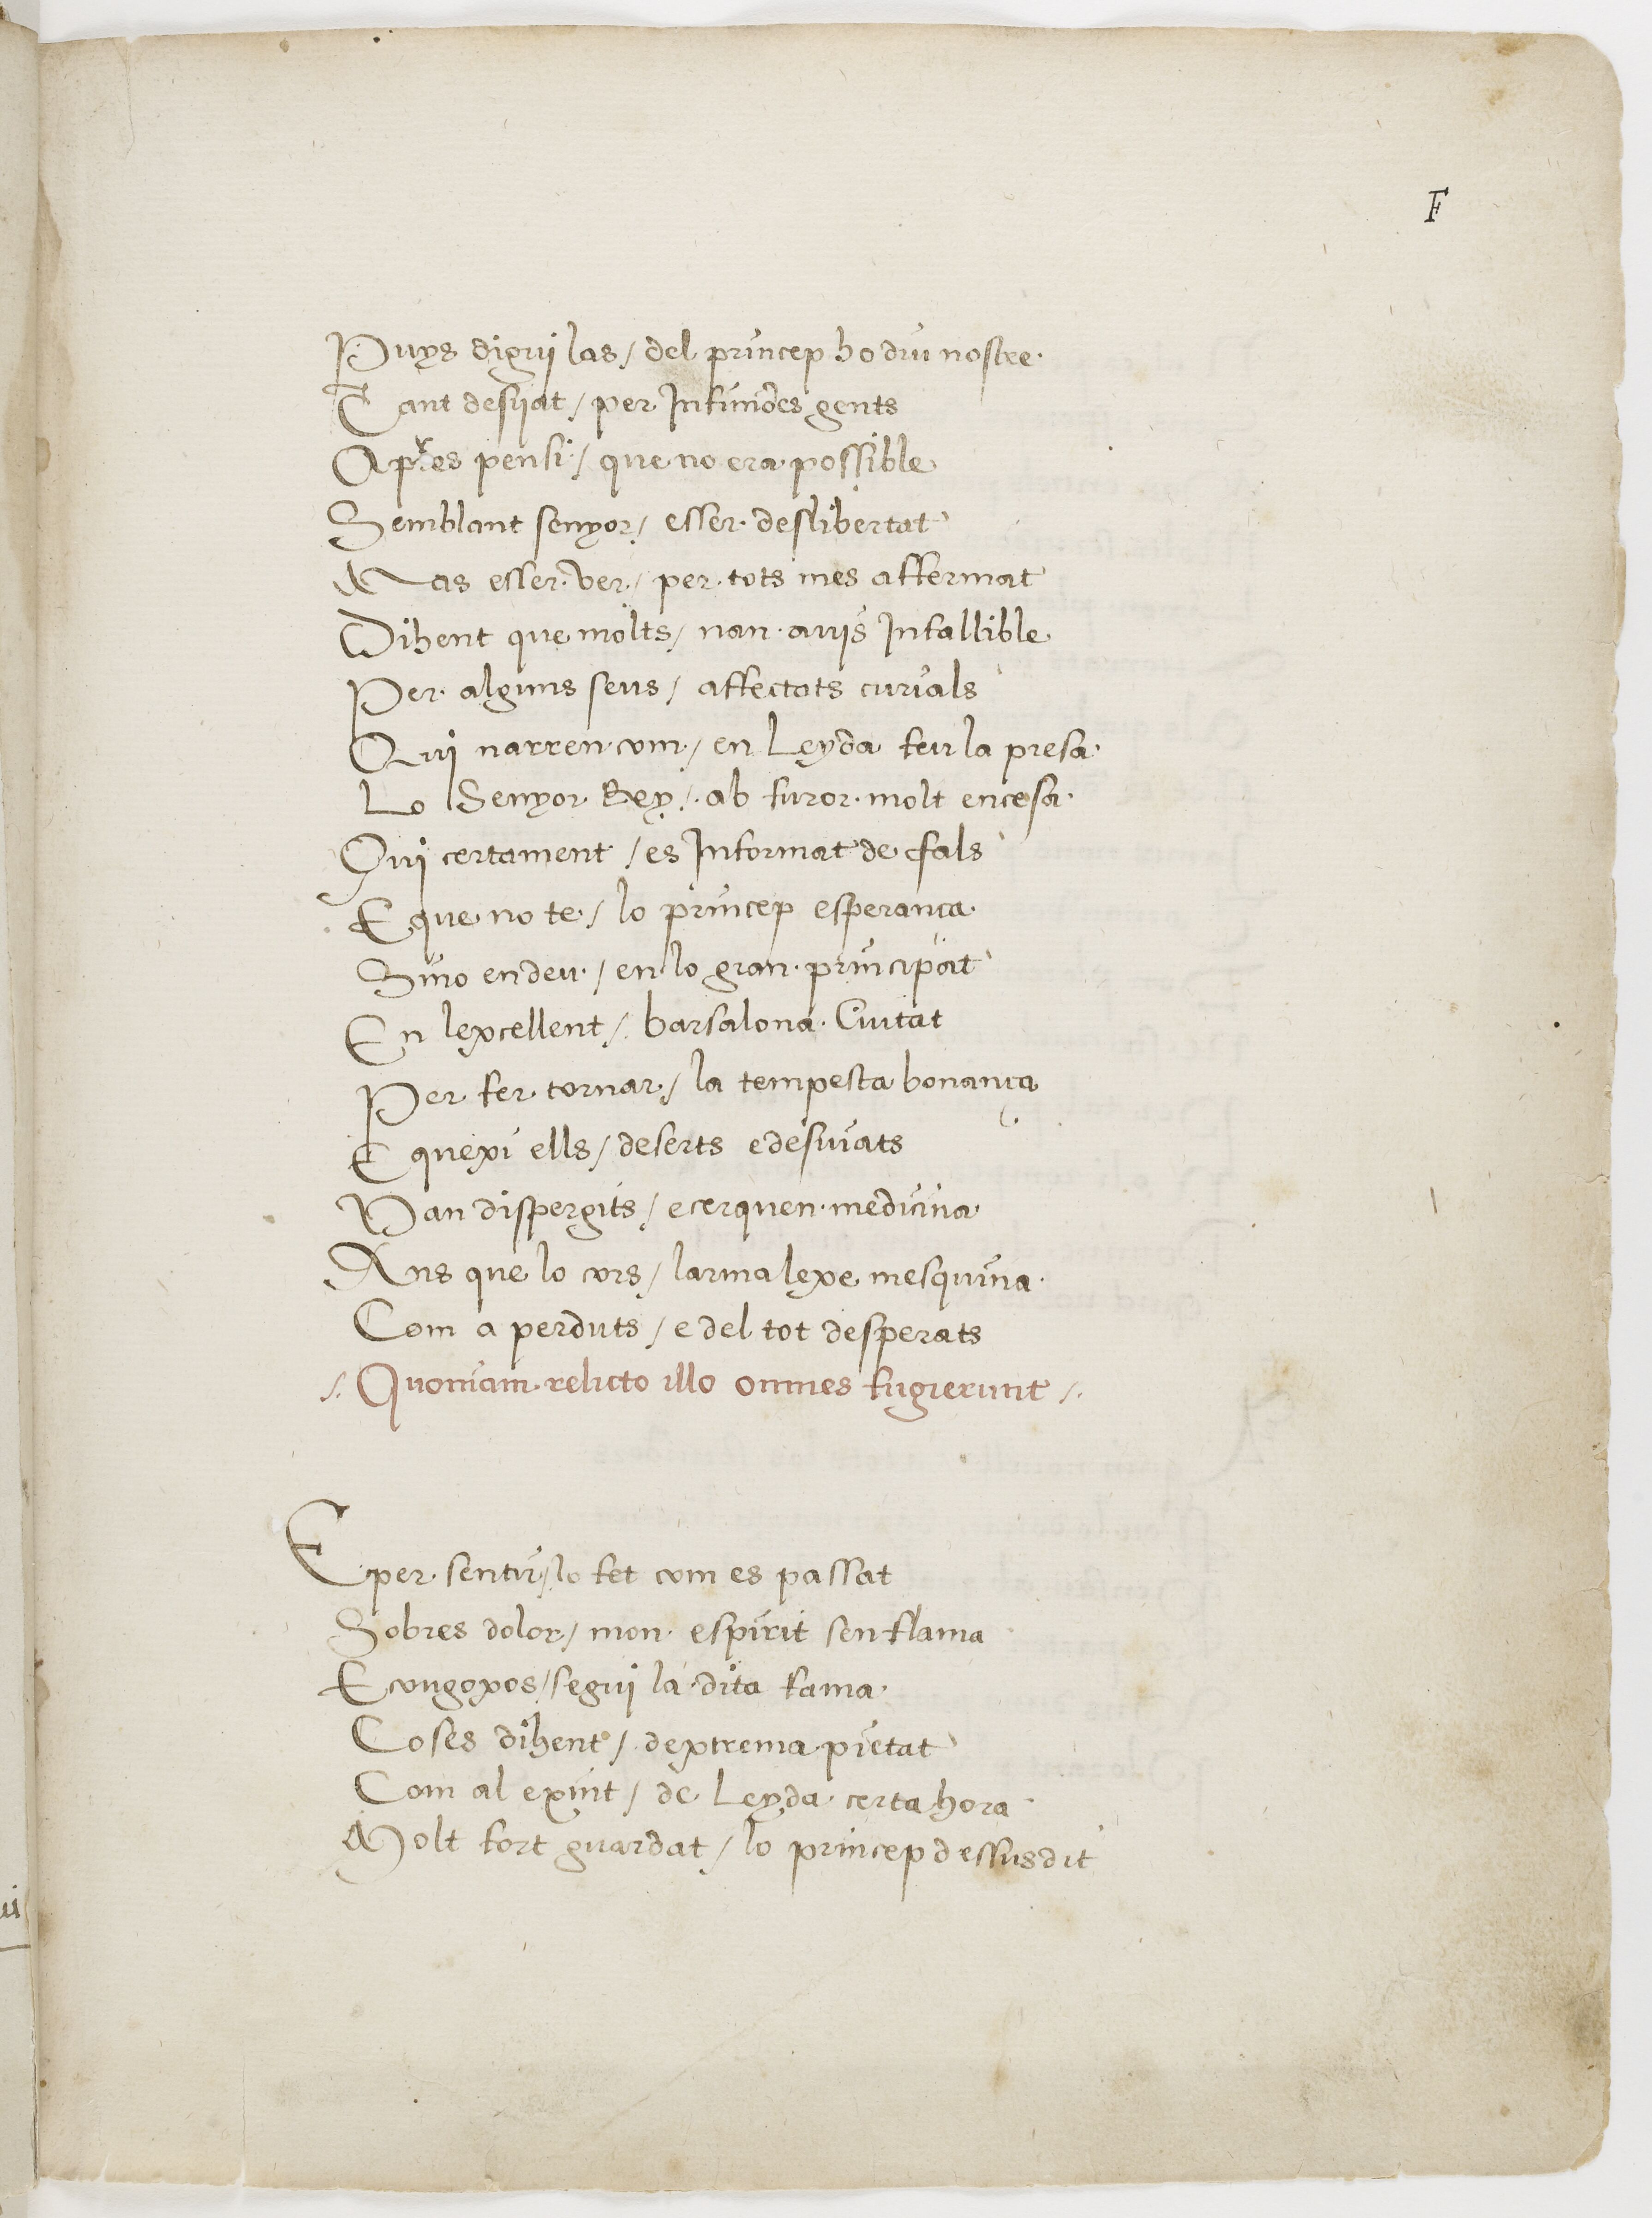
Shelfmark: Paris, BnF, esp. 225
Century: 16